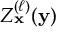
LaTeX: Z _ { \mathbf { x } } ^ { ( \ell ) } ( { \mathbf { y } } )